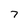
Character: 7